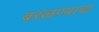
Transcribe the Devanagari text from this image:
बरळण्याचा